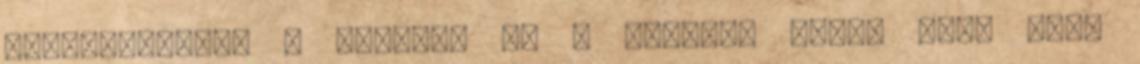
közlekedésben A havazás és a viharos erejű szél nagy